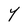
Character: Y